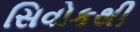
સિવોકથી